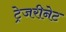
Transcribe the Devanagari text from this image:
ट्रेजरीनेट